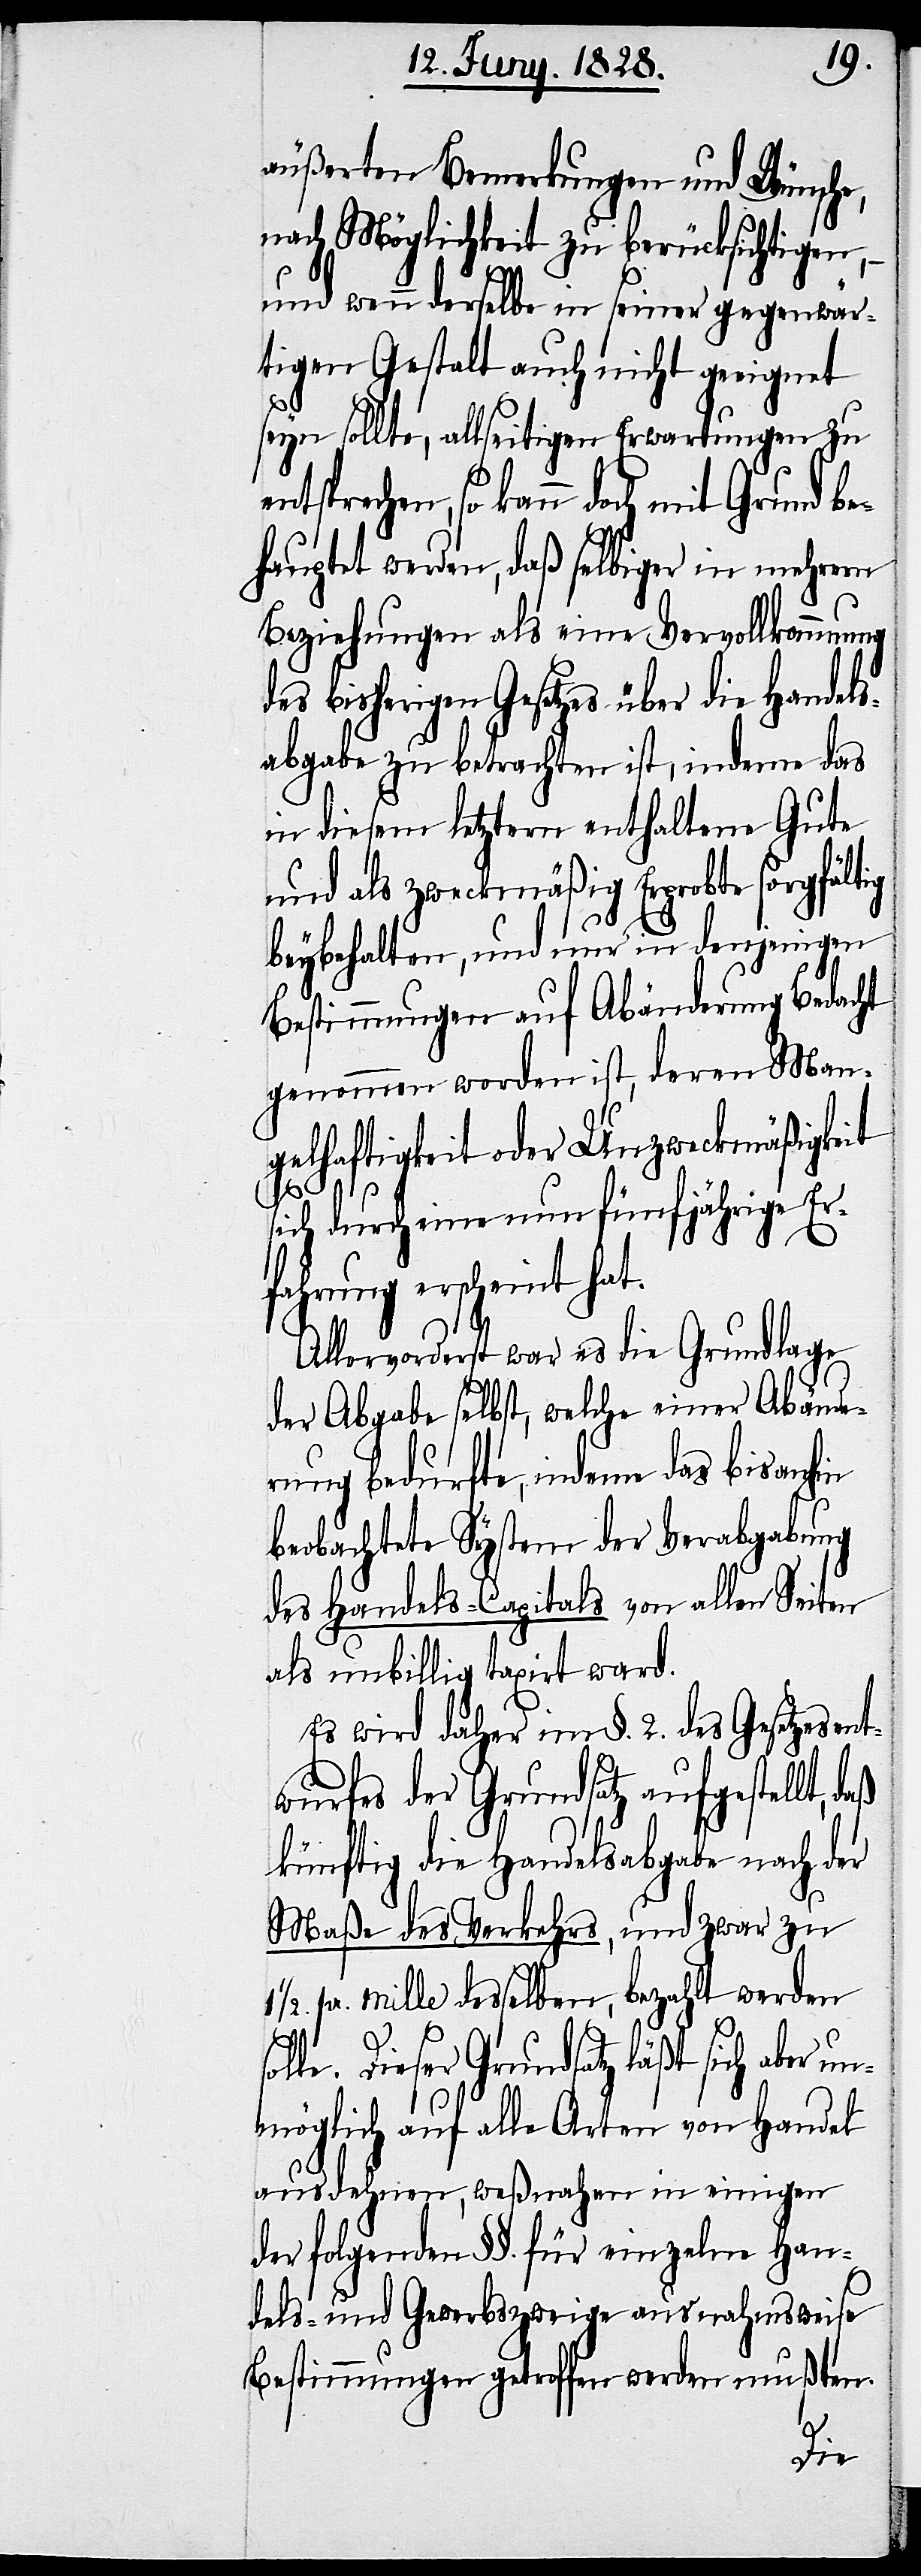
äußerten Bemerkungen und Wünsche,
nach Möglichkeit zu berücksichtigen,
und wenn derselbe in seiner gegenwär¬
tigen Gestalt auch nicht geeignet
seyn sollte, allseitigen Erwartungen zu
tsprechen, so kann doch mit Grund be¬
hauptet werden, daß selbiger in mehrern
Beziehungen als eine Vervollkommnung
des bisherigen Gesetzes über die Handels¬
abgabe zu betrachten ist, indeme das
in diesem letztern enthaltene Gute
und als zweckmäßig Erprobte sorgfältig
beybehalten, und nur in denjenigen
Bestimmungen auf Abänderung bedacht
genommen worden ist, deren Man¬
gelhaftigkeit oder Unzweckmäßigkeit
sich durch eine nun fünfjährige Er¬
fahrung erscheint hat.
Allervorderst war es die Grundlage
der Abgabe selbst, welche einer Abände¬
rung bedurfte, indeme das bisanhin
beobachtete System der Verabgabung
des Handels-Capitals von allen Seiten
als unbillig taxirt ward.
Es wird daher im §. 2. des Gesetzesent¬
wurfes der Grundsatz aufgestellt,
künftig die Handelsabgabe nach der
Maße des Verkehrs, und zwar zu
pr. mille desselben, bezahlt werden
Dieser Grundsatz läßt sich aber
unmöglich auf alle Arten von Handel
ausdehnen, weßnahen in einigen
der folgenden §§. für einzelne Han¬
dels- und Gewerbszweige ausnahmsweise
Bestimmungen getroffen werden mußten.
en¬